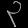
Digit: ၃